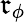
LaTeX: \mathfrak{r}_{\phi}